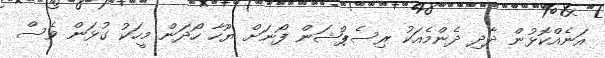
އަނެއްކޮޅުން ދާދި ދެންމެއަކު ރިސެޕްޝަން ފޯނަށް ޔޫހާ ހޯދަން މީހަކު ގުޅަން ވެސް